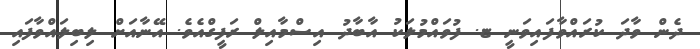
ދެން ވާދަ ކުރައްވާފައިވަނީ ޏ. ފުވައްމުލަކު އާބާދު އިސްމާއިލް ރަފީގްއެވެ. އޭނާއަށް ލިބިލައްވާފައި